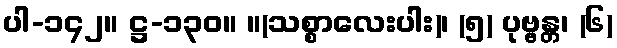
ပါ-၁၄၂။ ဋ္ဌ-၁၃၀။ ။(သစ္စာလေးပါး)၊ (၅) ပုဗ္ဗန္တ၊ (၆)